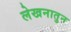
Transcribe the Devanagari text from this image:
लेखनातुन